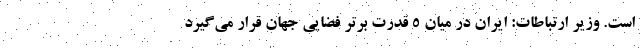
است. وزیر ارتباطات: ایران در میان 5 قدرت برتر فضایی جهان قرار می‌گیرد